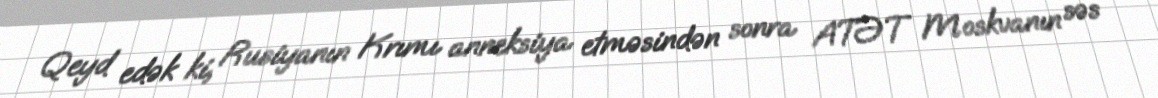
Qeyd edək ki, Rusiyanın Krımı anneksiya etməsindən sonra ATƏT Moskvanın səs